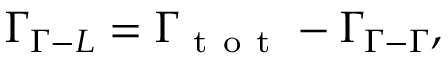
\Gamma _ { \Gamma - L } = \Gamma _ { \mathrm { ~ t ~ o ~ t ~ } } - \Gamma _ { \Gamma - \Gamma } ,